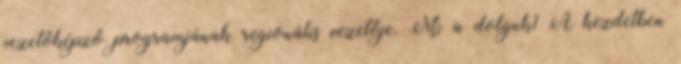
vezetőképző programjának regionális vezetője. Mi a dolguk? A kezdetben